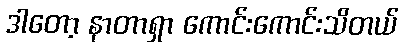
ဒါတော့ နာတာရှာ ကောင်းကောင်းသိတယ်